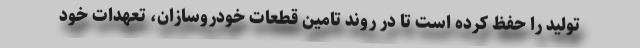
تولید را حفظ کرده است تا در روند تامین قطعات خودروسازان، تعهدات خود